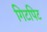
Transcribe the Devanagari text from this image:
गिटपिट